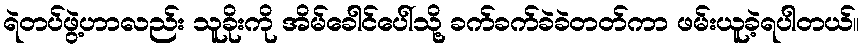
ရဲတပ်ဖွဲ့ဟာလည်း သူခိုးကို အိမ်ခေါင်ပေါ်သို့ ခက်ခက်ခဲခဲတတ်ကာ ဖမ်းယူခဲ့ရပါတယ်။